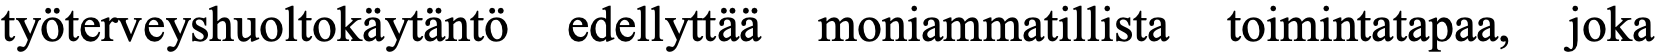
työterveyshuoltokäytäntö edellyttää moniammatillista toimintatapaa, joka